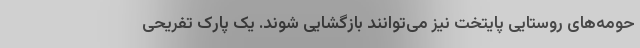
حومه‌های روستایی پایتخت نیز می‌توانند بازگشایی شوند. یک پارک تفریحی